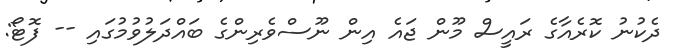
ދެކުނު ކޮރެއާގެ ރައީސް މޫން ޖައެ އިން ނޫސްވެރިންގެ ބައްދަލުވުމުގައި -- ފޮޓޯ: